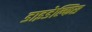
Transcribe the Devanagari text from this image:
डाइडेल्फिस